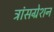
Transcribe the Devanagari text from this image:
ट्रांसग्रेशन